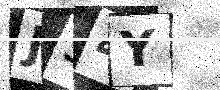
Text: J34Y